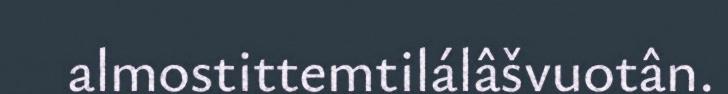
almostittemtilálâšvuotân.